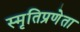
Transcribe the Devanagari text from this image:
स्मृतिप्रणेता